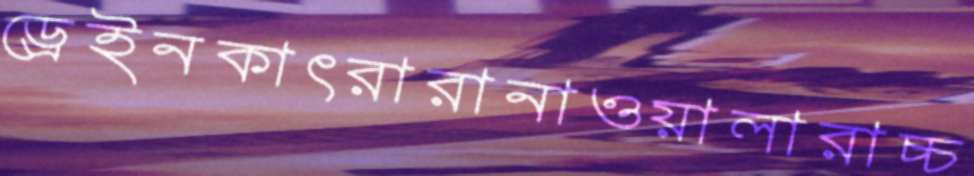
ড্রেইনকাৎরারানাওয়ালারাচ্চ